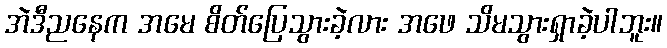
အဲဒီညနေက အမေ စိတ်ပြေသွားခဲ့လား အဖေ သိမသွားရှာခဲ့ပါဘူး။